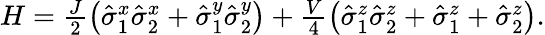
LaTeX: \begin{array}{r}{H=\frac{J}{2}\left(\hat{\sigma}_{1}^{x}\hat{\sigma}_{2}^{x}+\hat{\sigma}_{1}^{y}\hat{\sigma}_{2}^{y}\right)+\frac{V}{4}\left(\hat{\sigma}_{1}^{z}\hat{\sigma}_{2}^{z}+\hat{\sigma}_{1}^{z}+\hat{\sigma}_{2}^{z}\right).}\end{array}